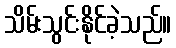
သိမ်းသွင်းနိုင်ခဲ့သည်။